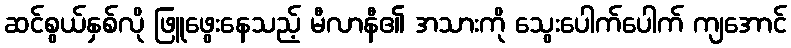
ဆင်စွယ်နှစ်လို ဖြူဖွေးနေသည့် မီလာနီ၏ အသားကို သွေးပေါက်ပေါက် ကျအောင်